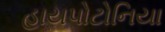
હાયપોટોનિયા